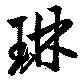
琳